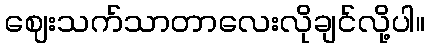
ဈေးသက်သာတာလေးလိုချင်လို့ပါ။